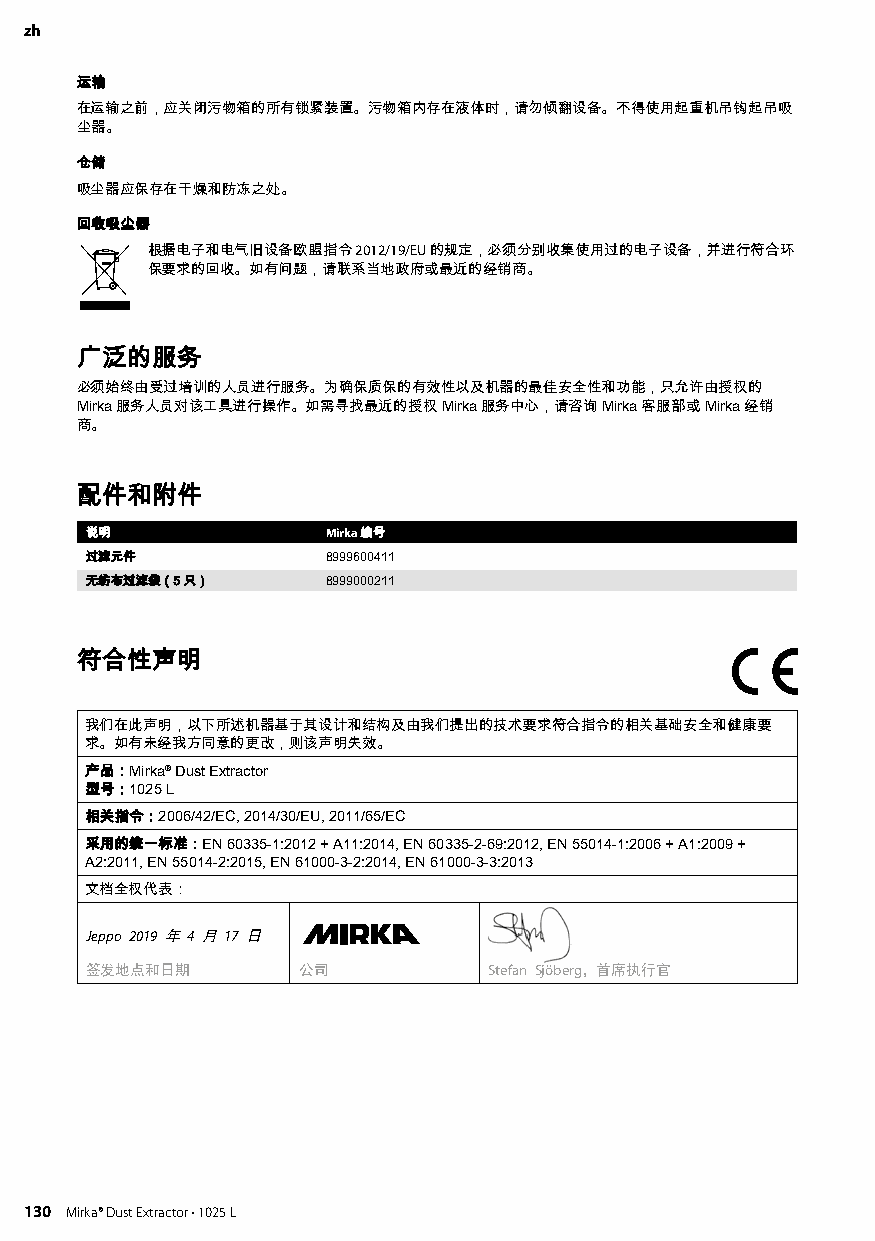
zh
 运输
 在运输之前，应关闭污物箱的所有锁紧装置。污物箱内存在液体时，请勿倾翻设备。不得使用起重机吊钩起吊吸
 尘器。
 仓储
 吸尘器应保存在干燥和防冻之处。
 回收吸尘器
 根据电子和电气旧设备欧盟指令 2012/19/EU 的规定，必须分别收集使用过的电子设备，并进行符合环
 保要求的回收。如有问题，请联系当地政府或最近的经销商。
 广泛的服务
 必须始终由受过培训的人员进行服务。为确保质保的有效性以及机器的最佳安全性和功能，只允许由授权的
 Mirka 服务人员对该工具进行操作。如需寻找最近的授权 Mirka 服务中心，请咨询 Mirka 客服部或 Mirka 经销
 商。
 配件和附件
 说明              Mirka 编号
 过滤元件            8999600411
 无纺布过滤袋（5 只）     8999000211
 符合性声明
 我们在此声明，以下所述机器基于其设计和结构及由我们提出的技术要求符合指令的相关基础安全和健康要
 求。如有未经我方同意的更改，则该声明失效。
 产品：Mirka® Dust Extractor
 型号：1025 L
 相关指令：2006/42/EC, 2014/30/EU, 2011/65/EC
 采用的统一标准：EN 60335-1:2012 + A11:2014, EN 60335-2-69:2012, EN 55014-1:2006 + A1:2009 +
 A2:2011, EN 55014-2:2015, EN 61000-3-2:2014, EN 61000-3-3:2013
 文档全权代表：
 Jeppo 2019 年 4 月 17 日
 签发地点和日期       公司          Stefan Sjöberg，首席执行官
 130 Mirka® Dust Extractor • 1025 L